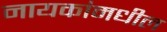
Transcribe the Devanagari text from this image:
नायकांमधील